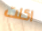
اكلت